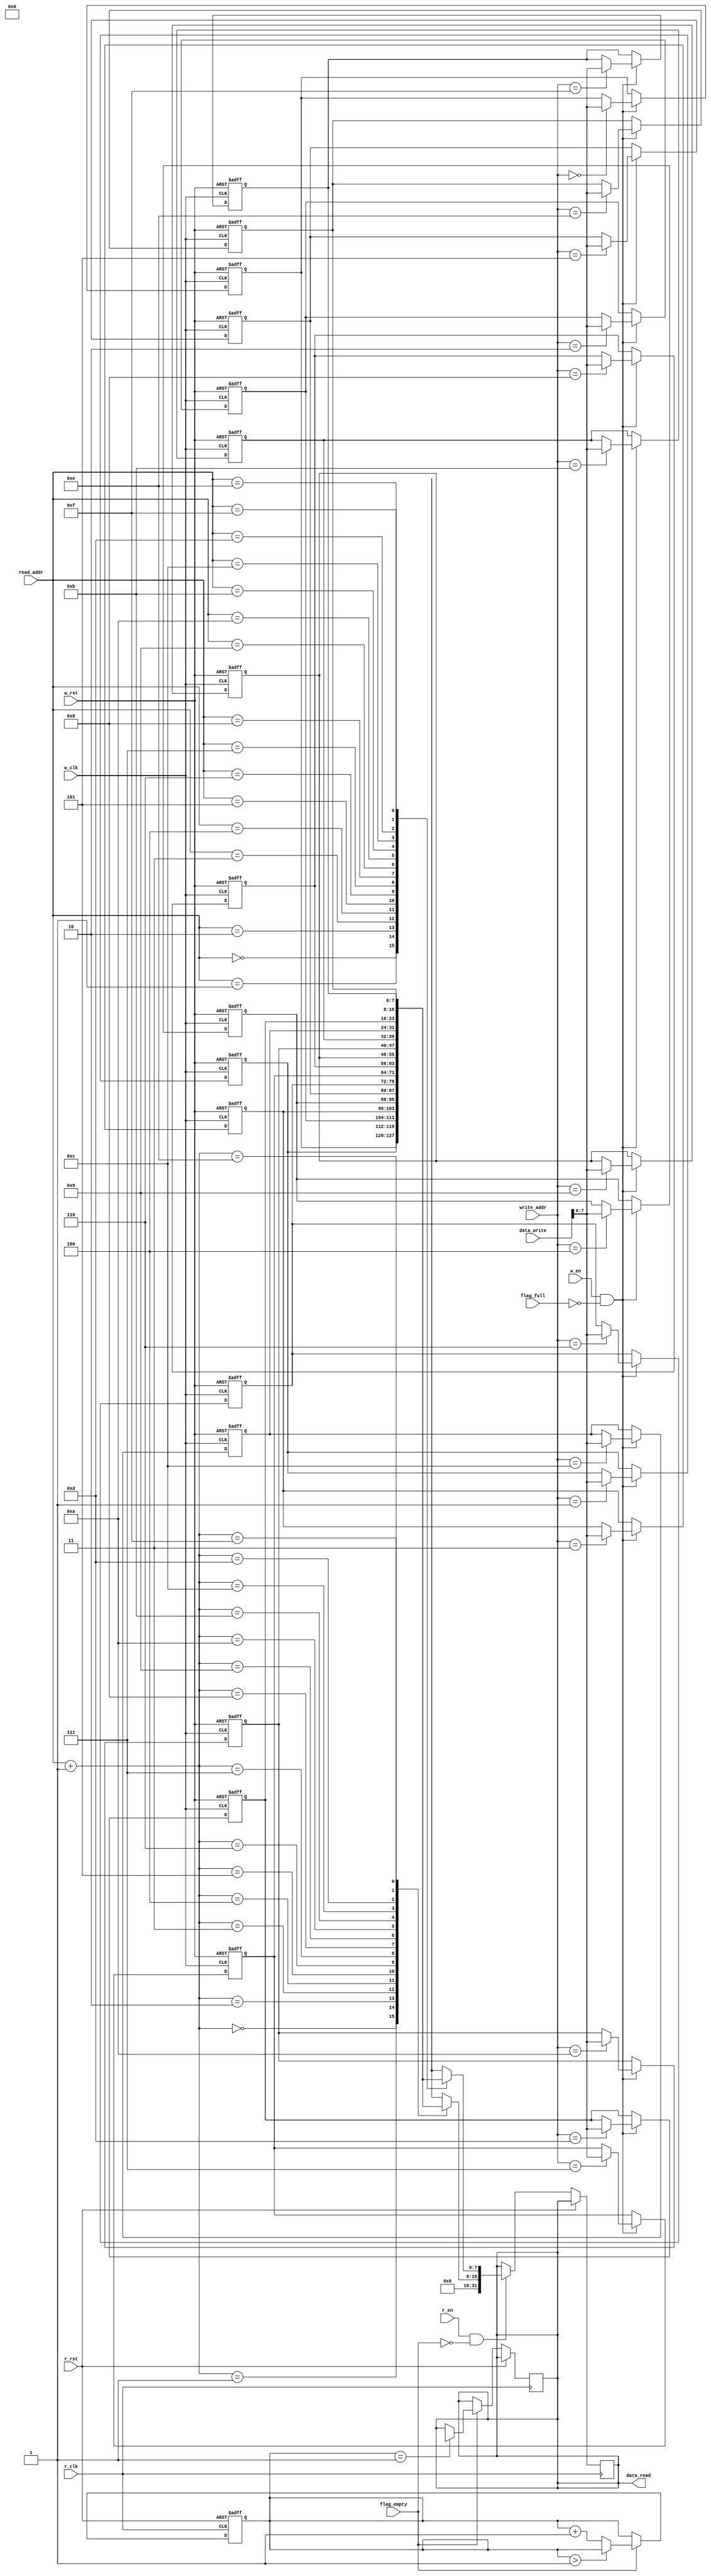
module ram
    #(    
        parameter DATAIN_WIDTH   = 10'd16, //input data's width, must equel to RAM's width
        parameter DATAOUT_WIDTH  = 10'd32, //output data's width
        parameter FIFO_WIDTH     = 10'd8,
        parameter FIFO_WIDTH_BIT = 10'd3,
        parameter FIFO_DEPTH     = 10'd16,
        parameter FIFO_DEPTH_BIT = 10'd4
    )
    (
        input                           w_clk,r_clk,
        input                           w_rst,r_rst,
        input                           w_en ,r_en,
        input                           flag_full,flag_empty,
        input [FIFO_DEPTH_BIT-1:0]      write_addr,
        input [FIFO_DEPTH_BIT-1:0]      read_addr,
        input [DATAIN_WIDTH-1:0]        data_write,

        output reg [DATAOUT_WIDTH-1:0]  data_read
    );
    
    parameter MUL_FACTOR = DATAOUT_WIDTH/DATAIN_WIDTH; //multi factor
    parameter DIV_FACTOR = DATAIN_WIDTH/DATAOUT_WIDTH; //div factor 

    reg [FIFO_WIDTH-1:0]      memory [FIFO_DEPTH-1:0];//define RAM
    reg [DATAIN_WIDTH-1:0]    data_read_temp;
    reg [FIFO_DEPTH_BIT:0]    index,i,count,count_delay;

    always @(posedge w_clk or posedge w_rst) begin
        if(w_rst) //initiate RAM 
            for(index=0 ; index<=FIFO_DEPTH-1 ;index=index+1)
                memory[index] <= 0;
        else if(w_en && (!flag_full))
            	memory[write_addr] <= data_write; //write data
        else ;
    end

    always @(posedge r_clk or posedge r_rst) begin
        if(r_rst)
            count <= 0;
        else if (r_en && (!flag_empty ))
            if((MUL_FACTOR==5'd2) && (!DIV_FACTOR))
                data_read <= {memory[read_addr+1],memory[read_addr]}; //inputdata is 2times bigger than output
            //else if((MUL_FACTOR==5'd4))
                //data_read <= {memory[read_addr+3],memory[read_addr+2],memory[read_addr+1],memory[read_addr]};//inputdata is 4times bigger than output
            else if((DIV_FACTOR==5'd2) && (!MUL_FACTOR)) begin
                data_read_temp <= memory[read_addr];
                if(count==0) 
                    data_read <= data_read_temp[(DATAIN_WIDTH-1):(DATAIN_WIDTH/2)];
                else 
                    data_read <= data_read_temp[(DATAIN_WIDTH/2-1):0];
                count <= (count==DIV_FACTOR-1) ? 0 : count+1;
            end

                //data_read <= memory[DATAIN_WIDTH_BIT-1:0];
                
            else
                data_read <= memory[read_addr]; //read data
        else ;   
    end

     always @(posedge r_clk or posedge r_rst) begin
        if(r_rst)
            count_delay <= 0;
        else if(flag_empty && !DIV_FACTOR) begin
            if(count_delay==1)
                data_read   <= data_read_temp[(DATAIN_WIDTH/2-1):0];
            else
                data_read   <= data_read;
            count_delay <= (count_delay>1) ? count_delay: count_delay+1;
        end

        else ;    
            
     end


endmodule